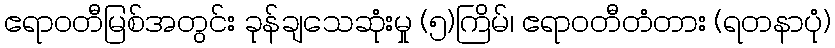
ဧရာဝတီမြစ်အတွင်း ခုန်ချသေဆုံးမှု (၅)ကြိမ်၊ ဧရာဝတီတံတား (ရတနာပုံ)